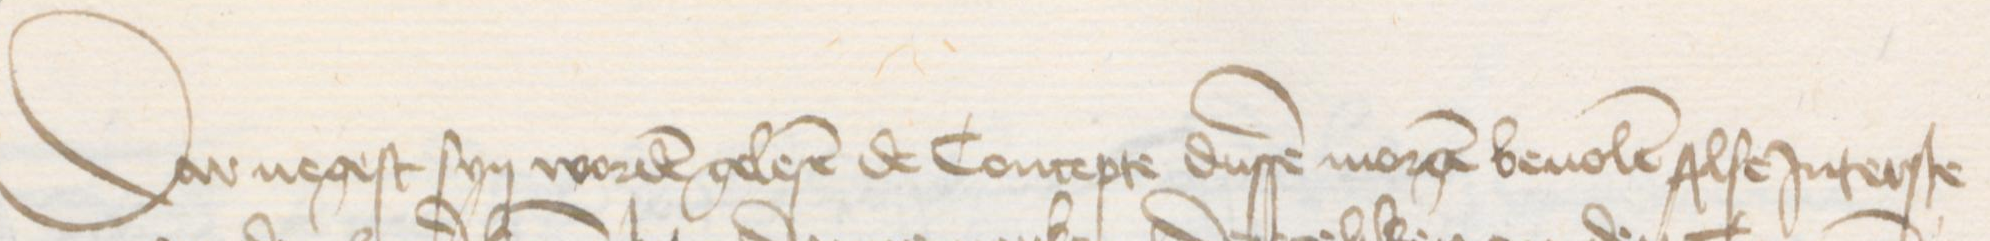
Transcription: Dar negest syn worden gelesen de Concepte dussen morgen beuolen Alse Jnterste